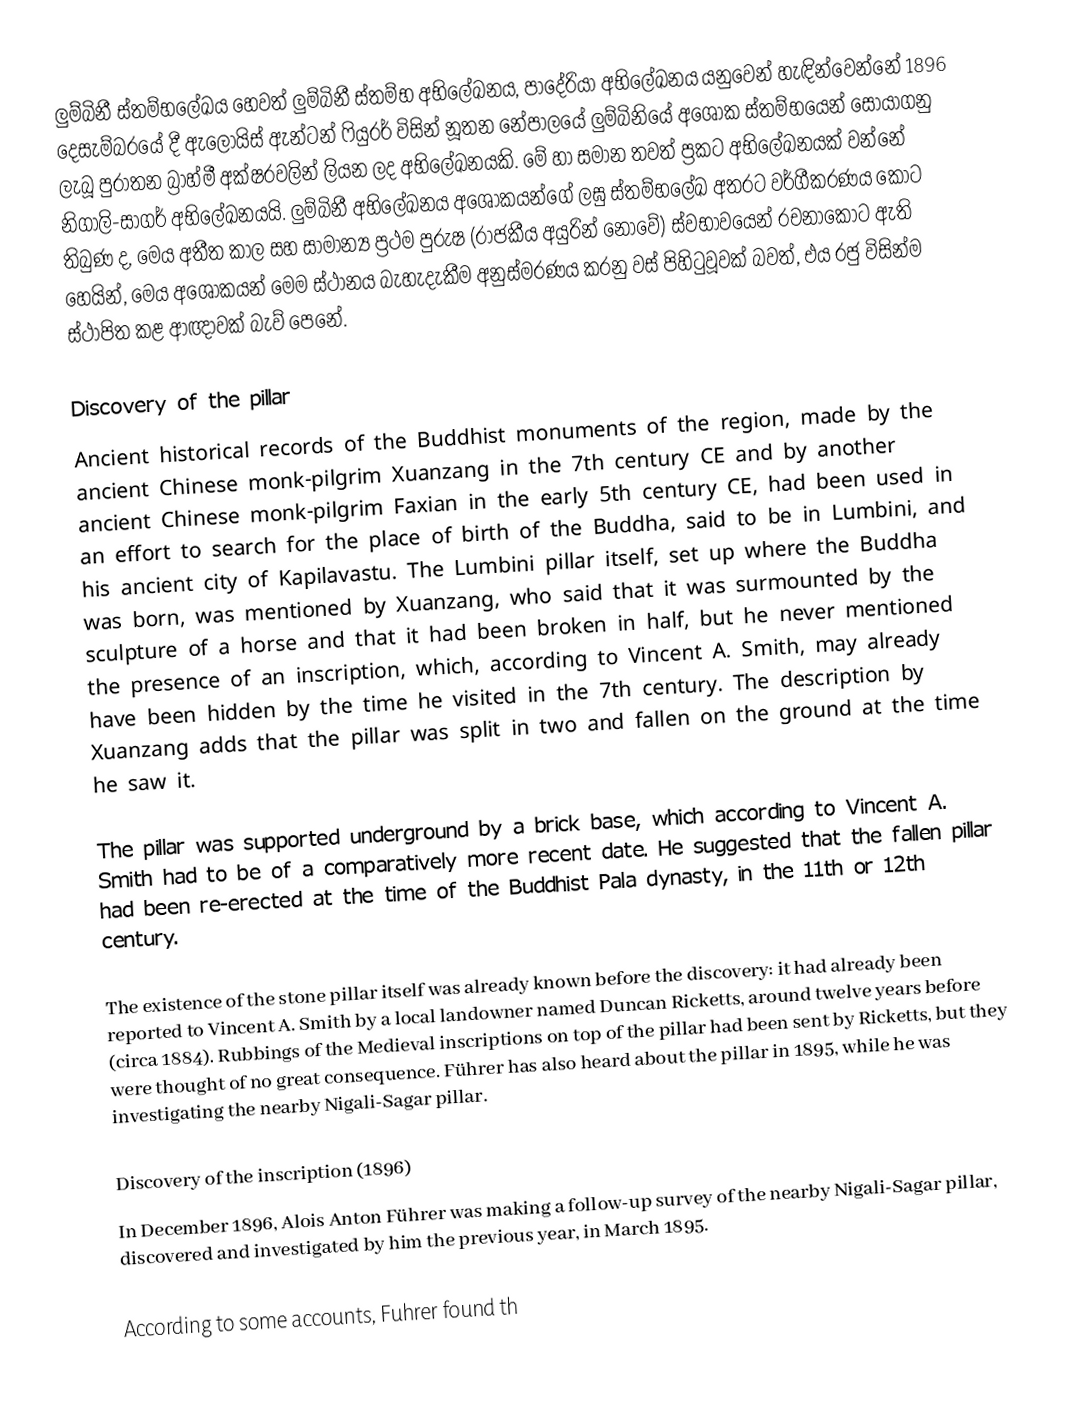
ලුම්බිනී ස්තම්භලේඛය හෙවත් ලුම්බිනී ස්තම්භ අභිලේඛනය, පාදේරියා අභිලේඛනය යනුවෙන් හැඳින්වෙන්නේ 1896 දෙසැම්බරයේ දී ඇලොයිස් ඇන්ටන් ෆියුරර් විසින් නූතන නේපාලයේ ලුම්බිනියේ අශෝක ස්තම්භයෙන් සොයාගනු ලැබූ පුරාතන බ්‍රාහ්මී අක්ෂරවලින් ලියන ලද අභිලේඛනයකි. මේ හා සමාන තවත් ප්‍රකට අභිලේඛනයක් වන්නේ නිගාලි-සාගර් අභිලේඛනයයි. ලුම්බිනී අභිලේඛනය අශෝකයන්ගේ ලඝු ස්තම්භලේඛ අතරට වර්ගීකරණය කොට තිබුණ ද, මෙය අතීත කාල සහ සාමාන්‍ය ප්‍රථම පුරුෂ (රාජකීය අයුරින් නොවේ) ස්වභාවයෙන් රචනාකොට ඇති හෙයින්, මෙය අශෝකයන් මෙම ස්ථානය බැහැදැකීම අනුස්මරණය කරනු වස් පිහිටුවූවක් බවත්, එය රජු විසින්ම ස්ථාපිත කළ ආඥාවක් බැව් පෙනේ.

Discovery of the pillar
Ancient historical records of the Buddhist monuments of the region, made by the ancient Chinese monk-pilgrim Xuanzang in the 7th century CE and by another ancient Chinese monk-pilgrim Faxian in the early 5th century CE, had been used in an effort to search for the place of birth of the Buddha, said to be in Lumbini, and his ancient city of Kapilavastu. The Lumbini pillar itself, set up where the Buddha was born, was mentioned by Xuanzang, who said that it was surmounted by the sculpture of a horse and that it had been broken in half, but he never mentioned the presence of an inscription, which, according to Vincent A. Smith, may already have been hidden by the time he visited in the 7th century. The description by Xuanzang adds that the pillar was split in two and fallen on the ground at the time he saw it.

The pillar was supported underground by a brick base, which according to Vincent A. Smith had to be of a comparatively more recent date. He suggested that the fallen pillar had been re-erected at the time of the Buddhist Pala dynasty, in the 11th or 12th century.

The existence of the stone pillar itself was already known before the discovery: it had already been reported to Vincent A. Smith by a local landowner named Duncan Ricketts, around twelve years before (circa 1884). Rubbings of the Medieval inscriptions on top of the pillar had been sent by Ricketts, but they were thought of no great consequence. Führer has also heard about the pillar in 1895, while he was investigating the nearby Nigali-Sagar pillar.

Discovery of the inscription (1896)
In December 1896, Alois Anton Führer was making a follow-up survey of the nearby Nigali-Sagar pillar, discovered and investigated by him the previous year, in March 1895.

According to some accounts, Fuhrer found th